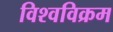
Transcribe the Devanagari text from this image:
विश्‍वविक्रम